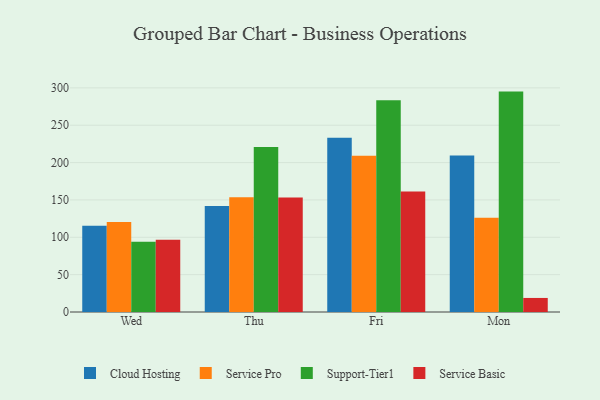
{"axis": {"x": "Day", "y": "Budget (USD K)"}, "legend": ["Cloud Hosting", "Service Basic", "Service Pro", "Support-Tier1"], "data": [{"x": "Wed", "y": 115.4, "type": "Cloud Hosting"}, {"x": "Wed", "y": 120.6, "type": "Service Pro"}, {"x": "Wed", "y": 93.9, "type": "Support-Tier1"}, {"x": "Wed", "y": 96.7, "type": "Service Basic"}, {"x": "Thu", "y": 142.0, "type": "Cloud Hosting"}, {"x": "Thu", "y": 153.5, "type": "Service Pro"}, {"x": "Thu", "y": 220.8, "type": "Support-Tier1"}, {"x": "Thu", "y": 153.3, "type": "Service Basic"}, {"x": "Fri", "y": 233.3, "type": "Cloud Hosting"}, {"x": "Fri", "y": 209.1, "type": "Service Pro"}, {"x": "Fri", "y": 283.3, "type": "Support-Tier1"}, {"x": "Fri", "y": 161.2, "type": "Service Basic"}, {"x": "Mon", "y": 209.5, "type": "Cloud Hosting"}, {"x": "Mon", "y": 126.1, "type": "Service Pro"}, {"x": "Mon", "y": 295.0, "type": "Support-Tier1"}, {"x": "Mon", "y": 18.8, "type": "Service Basic"}]}